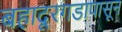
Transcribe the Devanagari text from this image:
बहादूरगडापासून